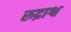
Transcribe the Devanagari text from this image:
रुद्राश्व